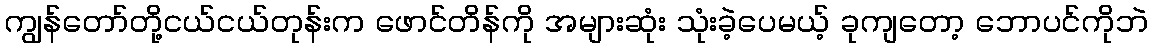
ကျွန်တော်တို့ငယ်ငယ်တုန်းက ဖောင်တိန်ကို အများဆုံး သုံးခဲ့ပေမယ့် ခုကျတော့ ဘောပင်ကိုဘဲ